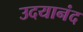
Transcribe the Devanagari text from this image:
उदयानंद